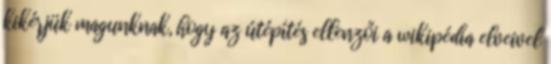
kikérjük magunknak, hogy az útépítés ellenzői a wikipédia elveivel